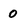
Character: 0